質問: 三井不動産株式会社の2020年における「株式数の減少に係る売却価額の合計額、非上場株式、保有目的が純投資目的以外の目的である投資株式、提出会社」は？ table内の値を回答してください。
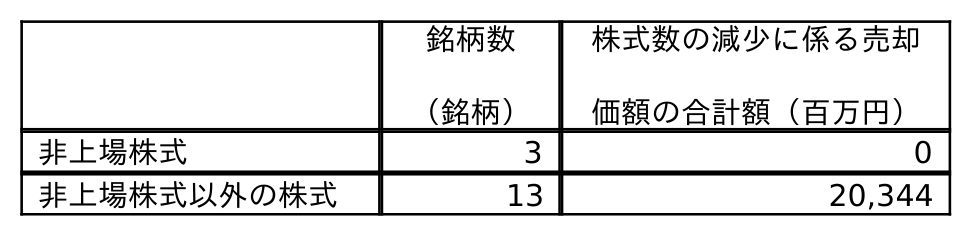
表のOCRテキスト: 銘柄数 （銘柄） 株式数の減少に係る売却 価額の合計額（百万円） 非上場株式 3 0 非上場株式以外の株式 13 20,344
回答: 0